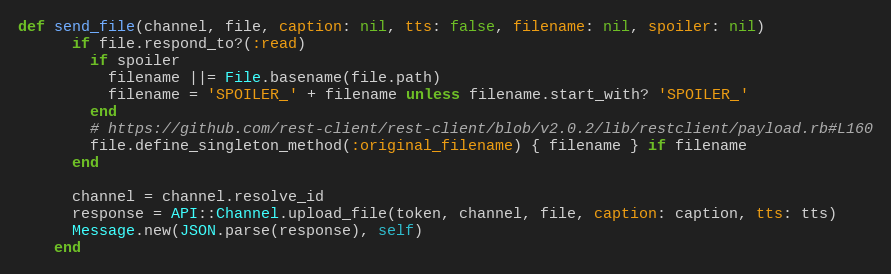
Language: Ruby
def send_file(channel, file, caption: nil, tts: false, filename: nil, spoiler: nil)
      if file.respond_to?(:read)
        if spoiler
          filename ||= File.basename(file.path)
          filename = 'SPOILER_' + filename unless filename.start_with? 'SPOILER_'
        end
        # https://github.com/rest-client/rest-client/blob/v2.0.2/lib/restclient/payload.rb#L160
        file.define_singleton_method(:original_filename) { filename } if filename
      end

      channel = channel.resolve_id
      response = API::Channel.upload_file(token, channel, file, caption: caption, tts: tts)
      Message.new(JSON.parse(response), self)
    end